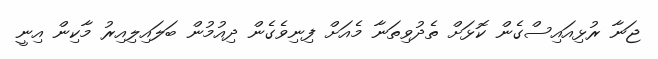
ޖަނާ ރުޅިއައިސްގެން ކޮޅަށް ތެދުވިތަނާ މެއަށް ފިނިވެގެން ދިއުމުން ބަލައިލިއިރު މާކިން އިނީ